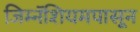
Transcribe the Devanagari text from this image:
जिम्नॅशियमपासून